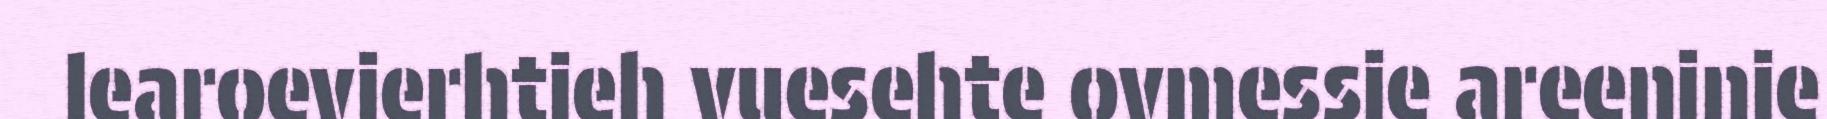
learoevierhtieh vuesehte ovmessie areeninie